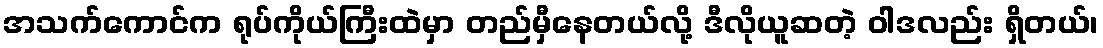
အသက်ကောင်က ရုပ်ကိုယ်ကြီးထဲမှာ တည်မှီနေတယ်လို့ ဒီလိုယူဆတဲ့ ဝါဒလည်း ရှိတယ်၊